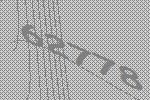
62778